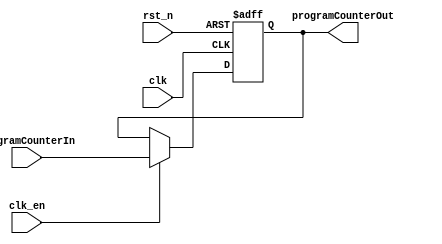
// program counter 

module programCounter (
  
  input wire clk,    // Clock
  input wire clk_en, // Clock Enable
  input wire rst_n,  // Reset

  input wire [31:0] programCounterIn,
  output reg [31:0] programCounterOut
);

always @(posedge clk, posedge rst_n) 
  begin
    if(rst_n)
        programCounterOut <= 0;
    else if(clk_en)
        programCounterOut <= programCounterIn;
  end

endmodule